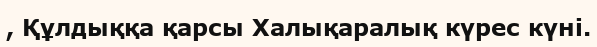
, Құлдыққа қарсы Халықаралық күрес күні.